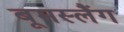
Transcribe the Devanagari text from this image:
बूमस्लैंग